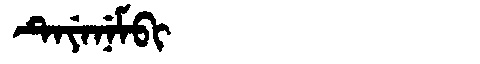
Manchu: ᡨᡝᠶᡝᠨᡝᠮᠪᡳ
Romanization: TEYENEMBI